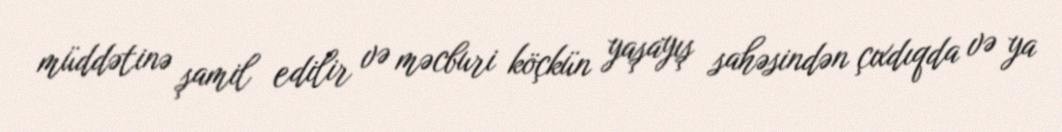
müddətinə şamil edilir və məcburi köçkün yaşayış sahəsindən çıxdıqda və ya